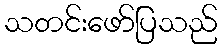
သတင်းဖော်ပြသည်